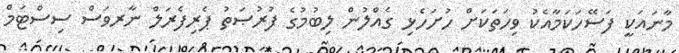
މާނައަކީ ފަސޭހަކަމާއެކު ވިހަތަކަށް ހުށަހެޅި ގެއްލުން ލިބުމުގެ ފުރުޞަތު ޕެރިފެރަލް ނާރވަސް ސިސްޓަމް